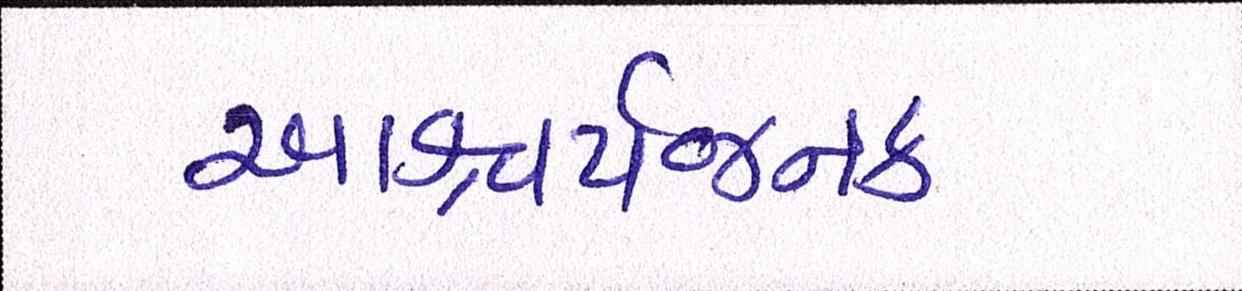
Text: આશ્ચર્યજનક